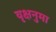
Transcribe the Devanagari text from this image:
वृक्षनुमा